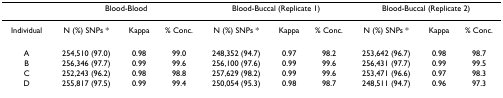
<table><thead><tr><td></td><td colspan="3"><b>Blood-Blood</b></td><td colspan="3"><b>Blood-Buccal (Replicate 1)</b></td><td colspan="3"><b>Blood-Buccal (Replicate 2)</b></td></tr></thead><tbody><tr><td>Individual</td><td>N (%) SNPs *</td><td>Kappa</td><td>% Conc.</td><td>N (%) SNPs *</td><td>Kappa</td><td>% Conc.</td><td>N (%) SNPs *</td><td>Kappa</td><td>% Conc.</td></tr><tr><td>A</td><td>254,510 (97.0)</td><td>0.98</td><td>99.0</td><td>248,352 (94.7)</td><td>0.97</td><td>98.2</td><td>253,642 (96.7)</td><td>0.98</td><td>98.7</td></tr><tr><td>B</td><td>256,346 (97.7)</td><td>0.99</td><td>99.6</td><td>256,100 (97.6)</td><td>0.99</td><td>99.6</td><td>256,431 (97.7)</td><td>0.99</td><td>99.5</td></tr><tr><td>C</td><td>252,243 (96.2)</td><td>0.98</td><td>98.8</td><td>257,629 (98.2)</td><td>0.99</td><td>99.6</td><td>253,471 (96.6)</td><td>0.97</td><td>98.3</td></tr><tr><td>D</td><td>255,817 (97.5)</td><td>0.99</td><td>99.4</td><td>250,054 (95.3)</td><td>0.98</td><td>98.7</td><td>248,511 (94.7)</td><td>0.96</td><td>97.3</td></tr></tbody></table>